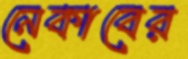
নেকাবের